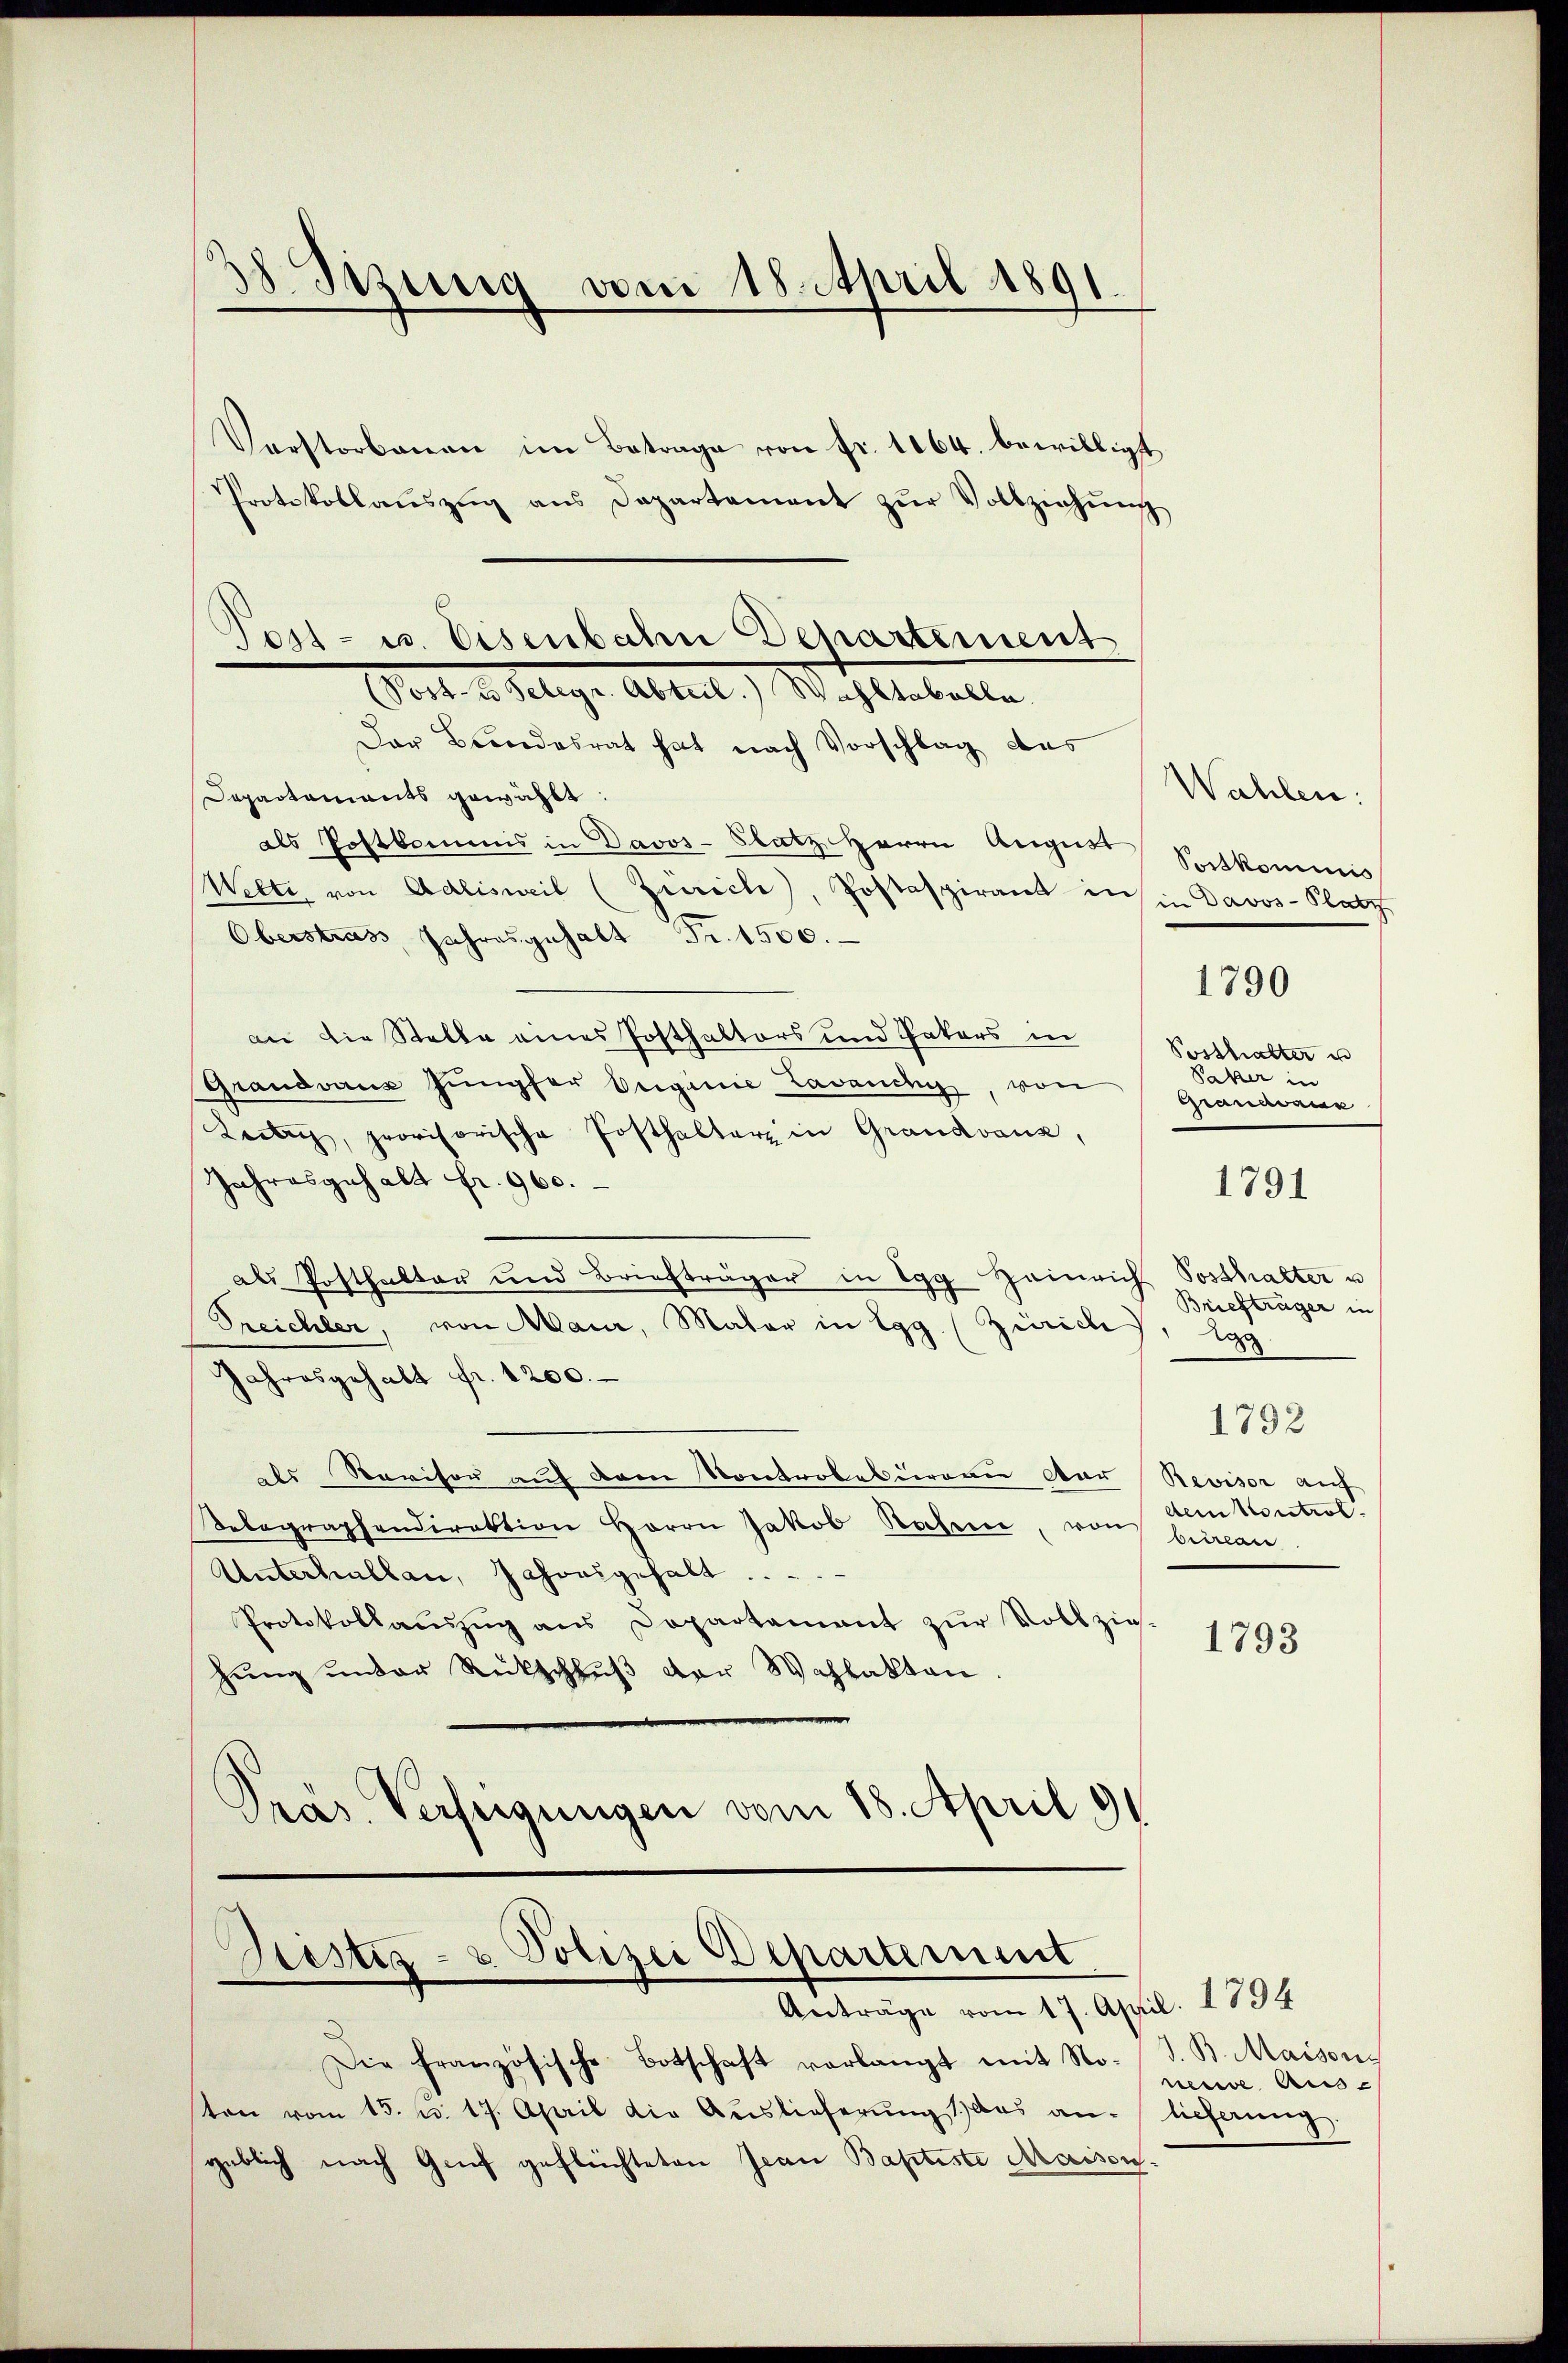
38. Setzung vom 18. April 1891.

Verstorbenen im Betrage von fr. 1164. bewilligt
Protokollaŭszŭg ans Departement zŭr Vollziehŭng
Der Bundesrat hat nach Vorschlag des
Departaments gewählt:
als Postkommis in Davos- Platz Herrn August
Welti, von Adlisweil (Zürich, Postaspirant in in Davos- Platz
Oberstrass, Jahresgehalt Fr. 1500.
an die Stelle eines Posthaltors und Paters in
Grandvaux Jungfer Verginie Lavendig, von
Leiben, provisorische Posthalter in Grandvanz,
Jahresgehalt fr. 960.
als Posthalter und Briefträger in Egg Heinrich Posthalter u
Treichler, von Maur, Mater in Egg (Zürich
Jahresgehalt fr. 1200.
als Revison auf dem Kontrobebureau der Revisor auf
Delegraphendirektion Herrn Jakob Rahme, von beirean
Unterhallen, Jahresgehalt .....
Protokollaŭszŭg ans Departament zŭr Vollzie-
hŭng ŭnter Rückschlŭβ der Wahlakten.
Präs. Verfügungen vom 18. April 91

Post- u. Eisenbahn Departement
Golt v. Selige Abteil) Wohltobelle

Bestiz- & Polizei Deparament
Anträge vom 17. April. 1794

Die französische Botschaft verlangt mit No-
ton vom 15. u. 17. April die Auslieferŭng 1) das an-
geblich nach Genf geflüchteten Jean Baptiste Maison¬

Wahlen:
Portkominis
1790
Posthalter u
Pater in
Granaraus

1791

Briefträger in
d
1792
dem Kontrol

1793

J. B. Maisons
neue Aus-
lieferung.